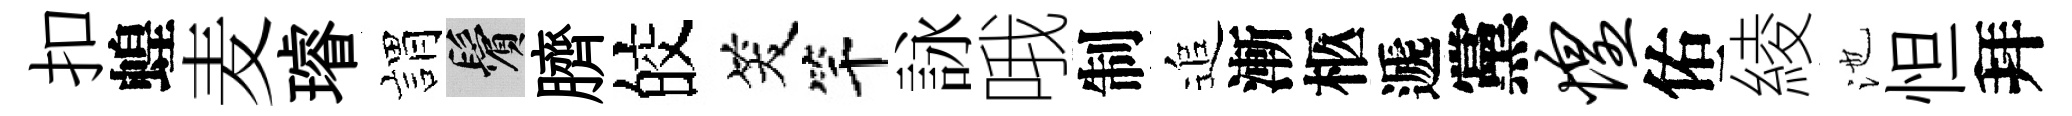
扣蝗麦璿娟鬢臍皎笑竿詠哦制追漸柩遞黨惶佑綾池怛拜